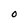
Character: O